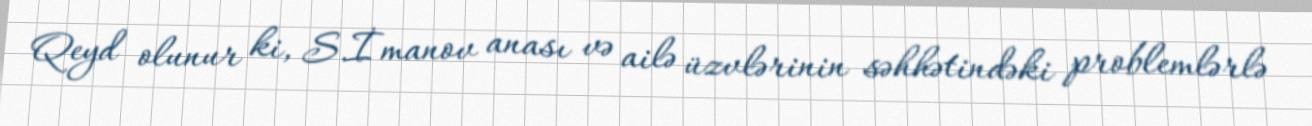
Qeyd olunur ki, S.İmanov anası və ailə üzvlərinin səhhətindəki problemlərlə